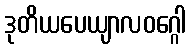
ဒုတိယပေယျာလဝဂ္ဂေါ